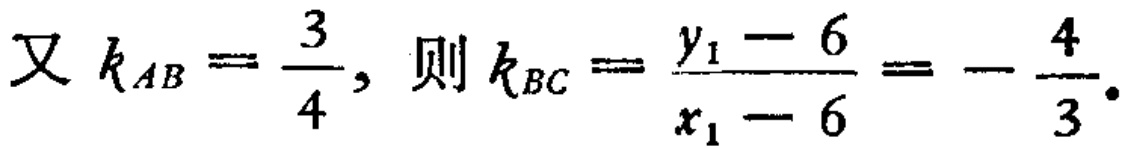
又 \(k_{AB}=\frac{3}{4},\) 则 \(k_{BC}=\frac{y_{1}-6}{x_{1}-6}=-\frac{4}{3}.\)